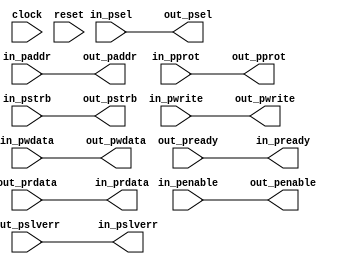
module apb_delayer(
  input         clock,
  input         reset,
  input  [31:0] in_paddr,
  input         in_psel,
  input         in_penable,
  input  [2:0]  in_pprot,
  input         in_pwrite,
  input  [31:0] in_pwdata,
  input  [3:0]  in_pstrb,
  output        in_pready,
  output [31:0] in_prdata,
  output        in_pslverr,

  output [31:0] out_paddr,
  output        out_psel,
  output        out_penable,
  output [2:0]  out_pprot,
  output        out_pwrite,
  output [31:0] out_pwdata,
  output [3:0]  out_pstrb,
  input         out_pready,
  input  [31:0] out_prdata,
  input         out_pslverr
);

  assign out_paddr   = in_paddr;
  assign out_psel    = in_psel;
  assign out_penable = in_penable;
  assign out_pprot   = in_pprot;
  assign out_pwrite  = in_pwrite;
  assign out_pwdata  = in_pwdata;
  assign out_pstrb   = in_pstrb;
  assign in_pready   = out_pready;
  assign in_prdata   = out_prdata;
  assign in_pslverr  = out_pslverr;

endmodule